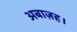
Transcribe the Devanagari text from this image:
अबाज़ह।